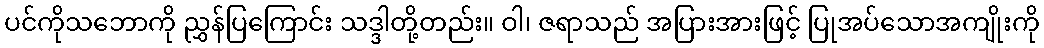
ပင်ကိုသဘောကို ညွှန်ပြကြောင်း သဒ္ဒါတို့တည်း။ ဝါ၊ ဇရာသည် အပြားအားဖြင့် ပြုအပ်သောအကျိုးကို